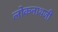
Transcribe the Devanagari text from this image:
लोकनाथजी